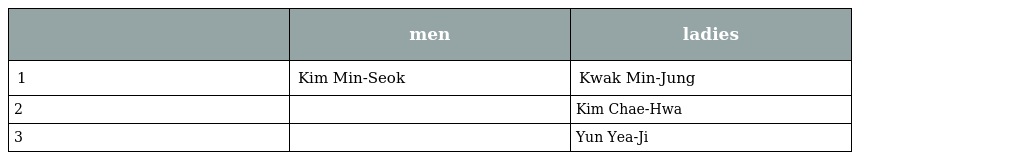
|  | men | ladies |
 | --- | --- | --- |
 | 1 | Kim Min-Seok | Kwak Min-Jung |
 | 2 |  | Kim Chae-Hwa |
 | 3 |  | Yun Yea-Ji |